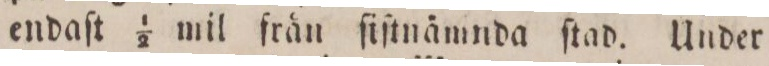
endaſt 1/2 mil från ſiſtnämnda ſtad. Under